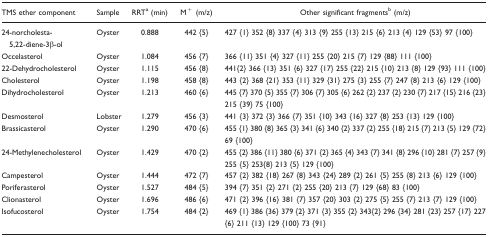
<table><thead><tr><td><b>TMS ether component</b></td><td><b>Sample</b></td><td><b>RRTa (min)</b></td><td><b>M<sup>+</sup> (m/z)</b></td><td><b>Other significant fragmentsb (m/z)</b></td></tr></thead><tbody><tr><td>24- norcholesta-5,22-diene-3-ol</td><td>Oyster</td><td>0.888</td><td>442 {5}</td><td>427 {1} 352 {8} 337 {4} 313 {9} 255 {13} 215 {6} 213 {4} 129 {53} 97 {100}</td></tr><tr><td>Occelasterol</td><td>Oyster</td><td>1.084</td><td>456 {7}</td><td>366 {11} 351 {4} 327 {11} 255 {20} 215 {7} 129 {88} 111 {100}</td></tr><tr><td>22-Dehydrocholesterol</td><td>Oyster</td><td>1.115</td><td>456 {8}</td><td>441{2} 366 {13} 351 {6} 327 {17} 255 {22} 215 {10} 213 {8} 129 {93} 111 {100}</td></tr><tr><td>Cholesterol</td><td>Oyster</td><td>1.198</td><td>458 {8}</td><td>443 {2} 368 {21} 353 {11} 329 {31} 275 {3} 255 {7} 247 {8} 213 {6} 129 {100}</td></tr><tr><td>Dihydrocholesterol</td><td>Oyster</td><td>1.213</td><td>460 {6}</td><td>445 {7} 370 {5} 355 {7} 306 {7} 305 {6} 262 {2} 237 {2} 230 {7} 217 {15} 216 {23} 215 {39} 75 {100}</td></tr><tr><td>Desmosterol</td><td>Lobster</td><td>1.279</td><td>456 {3}</td><td>441 {3} 372 {3} 366 {7} 351 {10} 343 {16} 327 {8} 253 {13} 129 {100}</td></tr><tr><td>Brassicasterol</td><td>Oyster</td><td>1.290</td><td>470 {6}</td><td>455 {1} 380 {8} 365 {3} 341 {6} 340 {2} 337 {2} 255 {18} 215 {7} 213 {5} 129 {72} 69 {100}</td></tr><tr><td>24-Methylenecholesterol</td><td>Oyster</td><td>1.429</td><td>470 {2}</td><td>455 {2} 386 {11} 380 {6} 371 {2} 365 {4} 343 {7} 341 {8} 296 {10} 281 {7} 257 {9} 255 {5} 253{8} 213 {5} 129 {100}</td></tr><tr><td>Campesterol</td><td>Oyster</td><td>1.444</td><td>472 {7}</td><td>457 {2} 382 {18} 267 {8} 343 {24} 289 {2} 261 {5} 255 {8} 213 {6} 129 {100}</td></tr><tr><td>Poriferasterol</td><td>Oyster</td><td>1.527</td><td>484 {5}</td><td>394 {7} 351 {2} 271 {2} 255 {20} 213 {7} 129 {68} 83 {100}</td></tr><tr><td>Clionasterol</td><td>Oyster</td><td>1.696</td><td>486 {6}</td><td>471 {2} 396 {16} 381 {7} 357 {20} 303 {2} 275 {5} 255 {7} 213 {7} 129 {100}</td></tr><tr><td>Isofucosterol</td><td>Oyster</td><td>1.754</td><td>484 {2}</td><td>469 {1} 386 {36} 379 {2} 371 {3} 355 {2} 343{2} 296 {34} 281 {23} 257 {17} 227 {6} 211 {13} 129 {100} 73 {91}</td></tr></tbody></table>